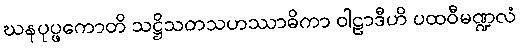
ဃနပုပ္ဖကောတိ သဋ္ဌိသတသဟဿာဓိကာ ဝါဠာဒီဟိ ပထဝီမဏ္ဍလံ